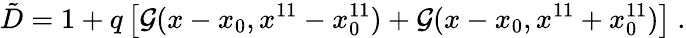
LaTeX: {\tilde{D}}=1+q\left[{\cal G}(x-x_{0},x^{11}-x_{0}^{11})+{\cal G}(x-x_{0},x^{11}+x_{0}^{11})\right]\ .